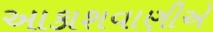
આકાશવાણીએ